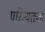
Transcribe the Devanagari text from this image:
परित्यक्तता